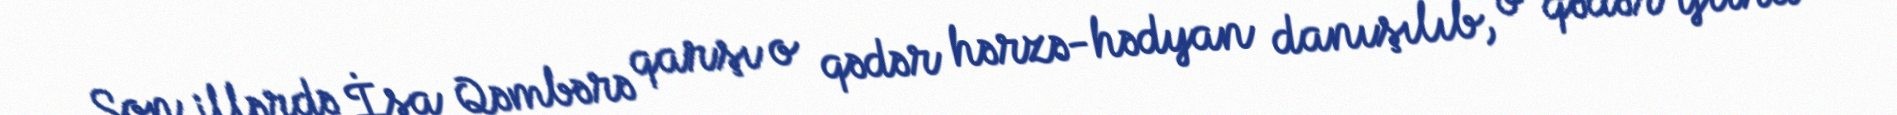
Son illərdə İsa Qəmbərə qarşı o qədər hərzə-hədyan danışılıb, o qədər iftira